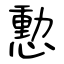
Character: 憅